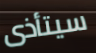
سيتأذى